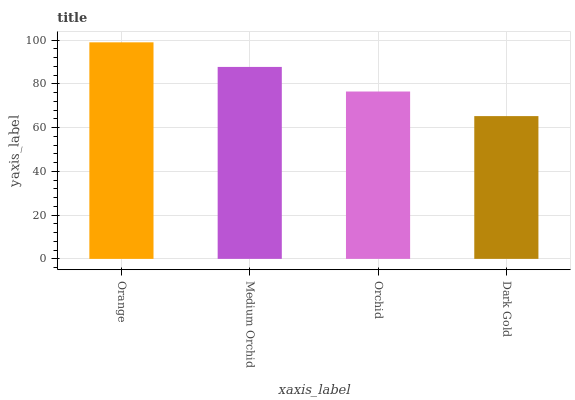
| xaxis_label | bars |
 | --- | --- |
 | Orange | 99 |
 | Medium Orchid | 87.8 |
 | Orchid | 76.5 |
 | Dark Gold | 65.3 |